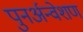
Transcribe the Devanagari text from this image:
पुनर्अन्वेशण